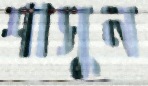
শাসুন